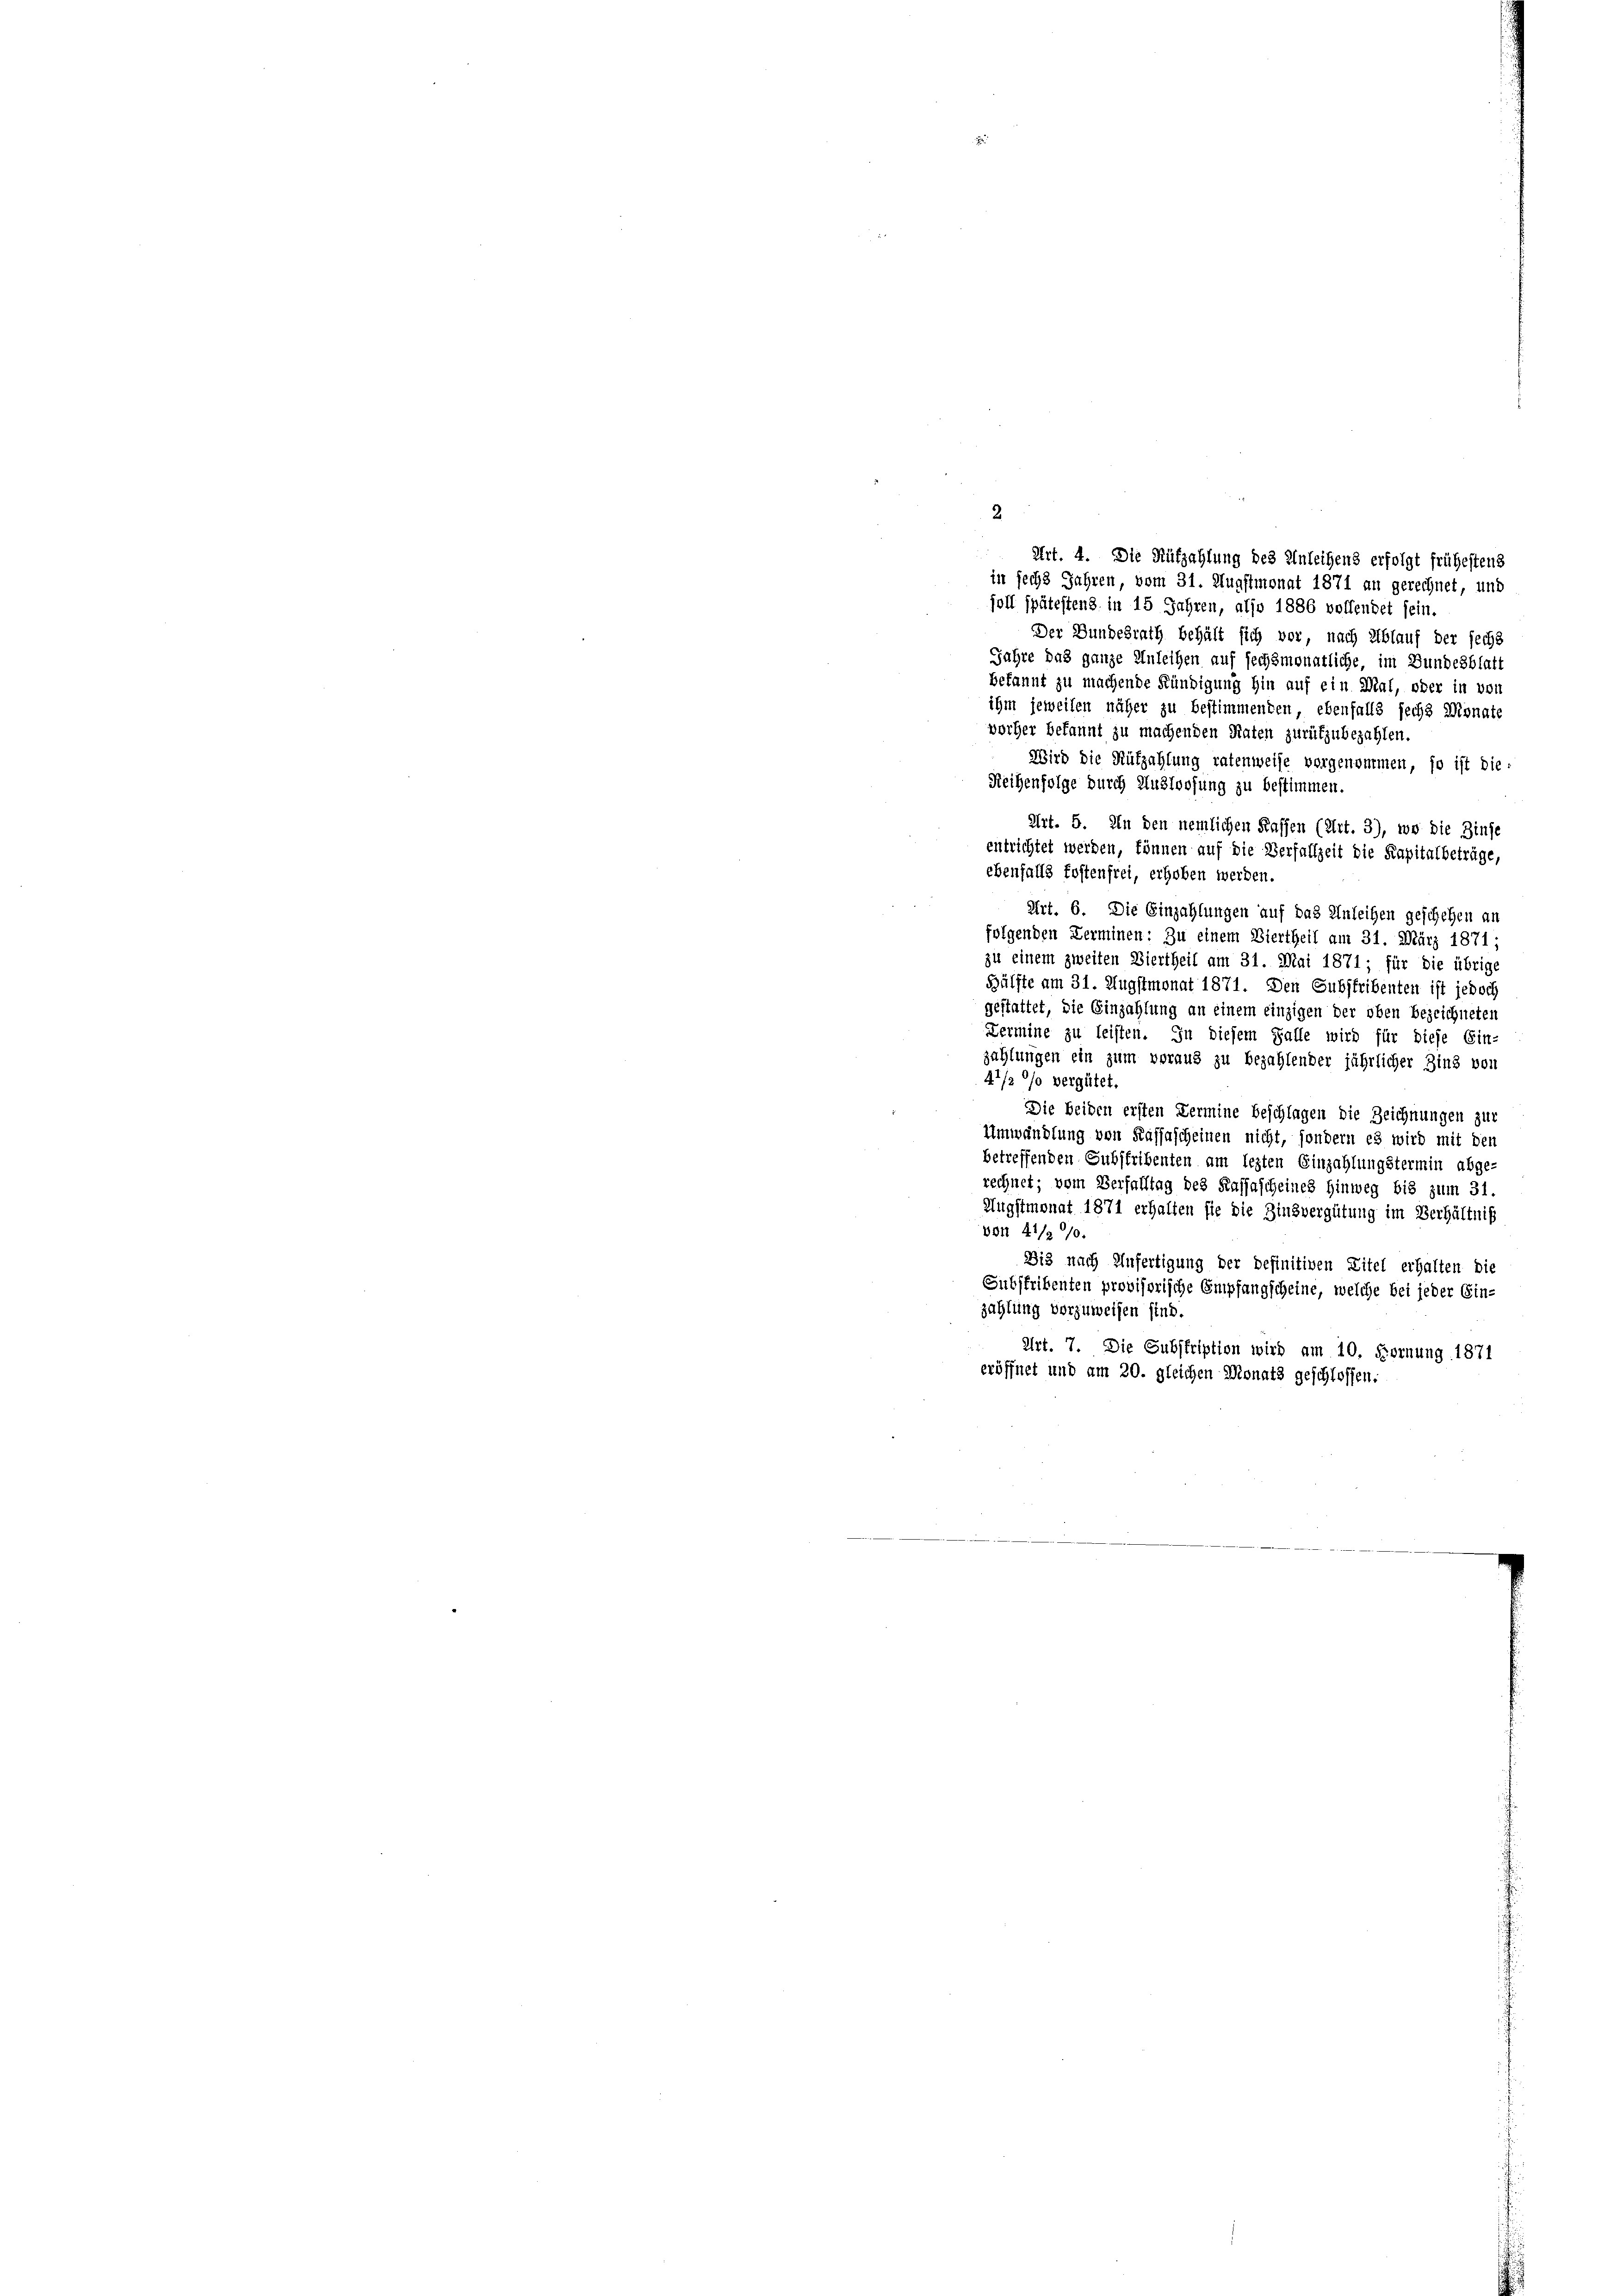
2
in sechs Jahren, vom 31. Augstmonat 1871 an gerechnet, und
foll spätestens in 15 Jahren, also 1886 vollendet sein.
Der Bundesrath behält sich vor, nach Ablauf der sechs
Jahre das ganze Anleihen auf sechsmonatliche, im Bundesblatt
bekannt zu machende Kündigung hin auf ein Mal, oder in von
ihm jeweilen näher zu bestimmenden, ebenfalls sechs Monate
vorher bekannt zu machenden Raten zurükzubezahlen.
Wird die Rüfzahlung ratenweise vorgenommen, so ist die-
Reihenfolge durch Ausloosung zu bestimmen.
Art. 5. In den nemlichen Kassen (Art. 3), wo die Zinse
entrichtet werden, können auf die Verfallzeit die Kapitalbeträge,
ebenfalls kostenfrei, erhoben werden.
Art. 6. Die Einzahlungen auf das Anleihen geschehen an
folgenden Zerminen: Zu einem Viertheil am 31. März 1871;
zu einem zweiten Viertheil am 31. Mai 1871; für die übrige
Hälfte am 31. Augstmonat 1871. Den Substribenten ist jedoch
gestattet, die Einzahlung an einem einzigen der oben bezeichneten
Zermine zu leisten. In diesem Falle wird für diese Ein-
zahlungen ein zum voraus zu bezahlender jährlicher Zins von
41/2 % vergütet
Die beiden ersten Termine beschlagen die Zeichnungen zur
Umwandlung von Kassascheinen nicht, sondern es wird mit den
n
betreffenden Substribenten am lezten Einzahlungstermin abge-
rechnet; vom Verfalltag des Kassascheines Hinweg bis zum 31.
Augstmonat 1871 erhalten sie die Zinsvergütung im Verhältniß
Bon 41/20/0.
Bi3 nach Anfertigung der definitiven Titel erhalten die
Subsfribenten provisorische Empfangscheine, welche bei jeder Ein-
zahlung vorzuweisen sind.
Art. 7. Die Subskription wird am 10. Fornung 1871
eröffnet und am 20. gleichen Monats geschlossen.

Art. 4. Die Rüfzahlung des Inleihens erfolgt frühestens